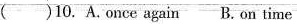
( )10. A.Once again B.On time